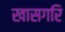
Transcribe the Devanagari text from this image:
खासगरि